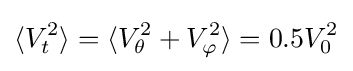
\langle V_{t}^{2}\rangle =\langle V_{\theta }^{2}+V_{\varphi }^{2}\rangle =0.5V_{0}^{2}